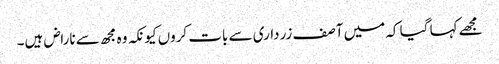
مجھے کہا گیا کہ میں آصف زرداری سے بات کروں کیونکہ وہ مجھ سے ناراض ہیں۔